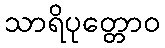
သာရိပုတ္တောဝ